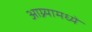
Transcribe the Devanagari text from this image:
आग्र्यामध्ये